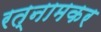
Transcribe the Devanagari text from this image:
रत्नामकर